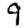
Digit: 9